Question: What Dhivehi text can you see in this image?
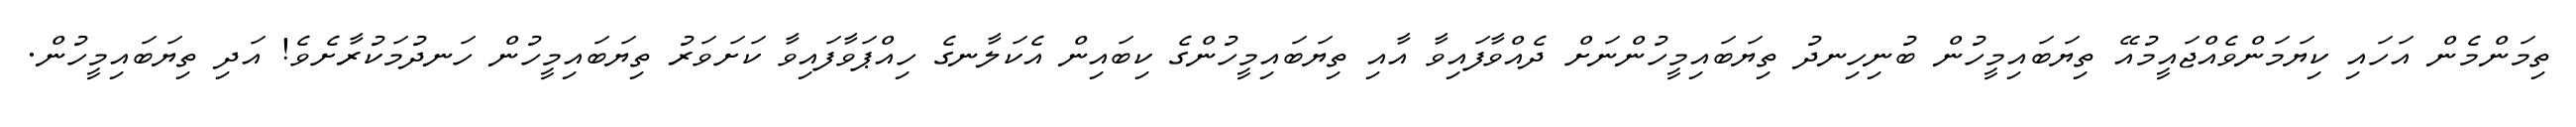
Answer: ތިމަންމެން އަހައި ކިޔަމަންވެއްޖައީމުއޭ ތިޔަބައިމީހުން ބުނިހިނދު ތިޔަބައިމީހުންނަށް ދެއްވާފައިވާ އާއި ތިޔަބައިމީހުންގެ ކިބައިން އެކަލާނގެ ހިއްޕަވާފައިވާ ކަށަވަރު ތިޔަބައިމީހުން ހަނދުމަކުރާށެވެ! އަދި ތިޔަބައިމީހުން.